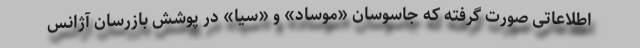
اطلاعاتی صورت گرفته که جاسوسان «موساد» و «سیا» در پوشش بازرسان آژانس